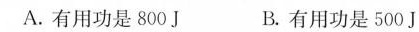
A.有用功是800J B.有用功是500J